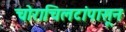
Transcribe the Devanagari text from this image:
चोराचिलटांपासून